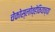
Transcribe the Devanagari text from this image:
चेकोस्लोव्हेकियाच्या